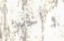
والخبز